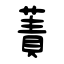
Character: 蔶